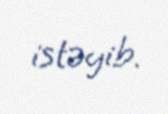
istəyib.